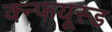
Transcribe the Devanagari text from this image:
क्न्फयूस्ड